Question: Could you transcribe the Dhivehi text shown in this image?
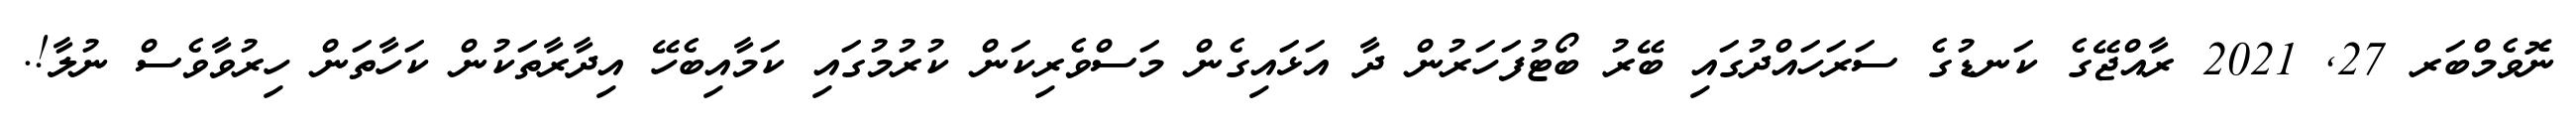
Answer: ނޮވެމްބަރ 27, 2021 ރާއްޖޭގެ ކަނޑުގެ ސަރަހައްދުގައި ބޭރު ބޯޓުފަހަރުން ދާ އަޅައިގެން މަސްވެރިކަން ކުރުމުގައި ކަމާއިބެހޭ އިދާރާތަކުން ކަހާތަން ހިރުވާވެސް ނުލާ!.